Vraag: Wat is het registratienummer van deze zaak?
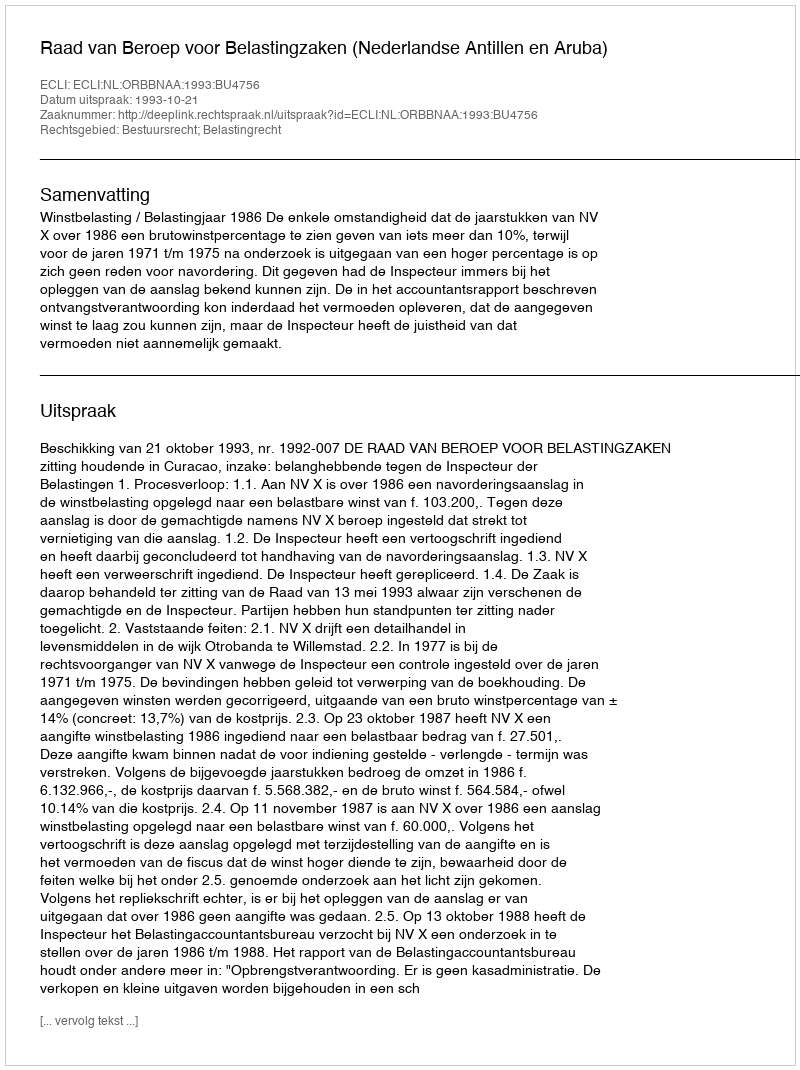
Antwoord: http://deeplink.rechtspraak.nl/uitspraak?id=ECLI:NL:ORBBNAA:1993:BU4756